Vaccination in the Punjab 1867-1880 - 1867-1880
Year: 1867
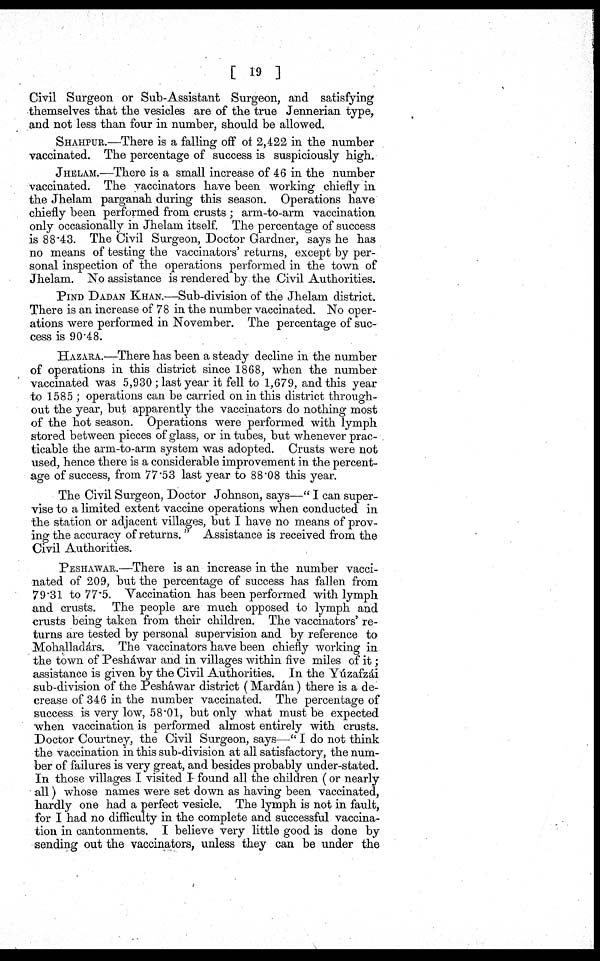
[ 19 ]
Civil Surgeon or Sub-Assistant Surgeon, and satisfying
themselves that the vesicles are of the true Jennerian type,
and not less than four in number, should be allowed.
SHAHPUR.—There is a falling off of 2,422 in the number
vaccinated. The percentage of success is suspiciously high.
JHELAM.—There is a small increase of 46 in the number
vaccinated. The vaccinators have been working chiefly in
the Jhelam parganah during this season. Operations have
chiefly been performed from crusts ; arm-to-arm vaccination
only occasionally in Jhelam itself. The percentage of success
is 88.43. The Civil Surgeon, Doctor Gardner, says he has
no means of testing the vaccinators' returns, except by per¬
sonal inspection of the operations performed in the town of
Jhelam. No assistance is rendered by the Civil Authorities.
PIND DADAN KHAN.—Sub-division of the Jhelam district.
There is an increase of 78 in the number vaccinated. No oper¬
ations were performed in November. The percentage of suc¬
cess is 90.48.
HAZARA.—There has been a steady decline in the number
of operations in this district since 1868, when the number
vaccinated was 5,930; last year it fell to 1,679, and this year
to 1585 ; operations can be carried on in this district through-
out the year, but apparently the vaccinators do nothing most
of the hot season. Operations were performed with lymph
stored between pieces of glass, or in tubes, but whenever prac¬
ticable the arm-to-arm system was adopted. Crusts were not
used, hence there is a considerable improvement in the percent-
age of success, from 77.53 last year to 88.08 this year.
The Civil Surgeon, Doctor Johnson, says—" I can super-
vise to a limited extent vaccine operations when conducted in
the station or adjacent villages, but I have no means of prov¬
ing the accuracy of returns. " Assistance is received from the
Civil Authorities.
PESHAWAR.—There is an increase in the number vacci¬
nated of 209, but the percentage of success has fallen from
79.31 to 77.5. Vaccination has been performed with lymph
and crusts. The people are much opposed to lymph and
crusts being taken from their children. The vaccinators' re-
turns are tested by personal supervision and by reference to
Mohalladárs. The vaccinators have been chiefly working in
the town of Pesháwar and in villages within five miles of it;
assistance is given by the Civil Authorities. In the Yúzafzái
sub-division of the Pesháwar district (Mardán) there is a de-
crease of 346 in the number vaccinated. The percentage of
success is very low, 58.01, but only what must be expected
when vaccination is performed almost entirely with crusts.
Doctor Courtney, the Civil Surgeon, says—" I do not think
the vaccination in this sub-division at all satisfactory, the num¬
ber of failures is very great, and besides probably under-stated.
In those villages I visited I found all the children ( or nearly
all) whose names were set down as having been vaccinated,
hardly one had a perfect vesicle. The lymph is not in fault,
for I had no difficulty in the complete and successful vaccina¬
tion in cantonments. I believe very little good is done by
sending out the vaccinators, unless they can be under the